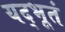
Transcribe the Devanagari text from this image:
यद्भूतं